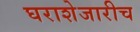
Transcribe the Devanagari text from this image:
घराशेजारीच